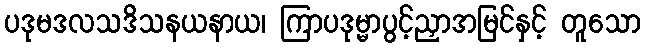
ပဒုမဒလသဒိသနယနာယ၊ ကြာပဒုမ္မာပွင့်ညှာအမြင်နှင့် တူသော